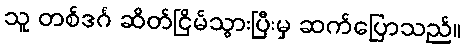
သူ တစ်ဒင်္ဂ ဆိတ်ငြိမ်သွားပြီးမှ ဆက်ပြောသည်။